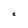
Character: C